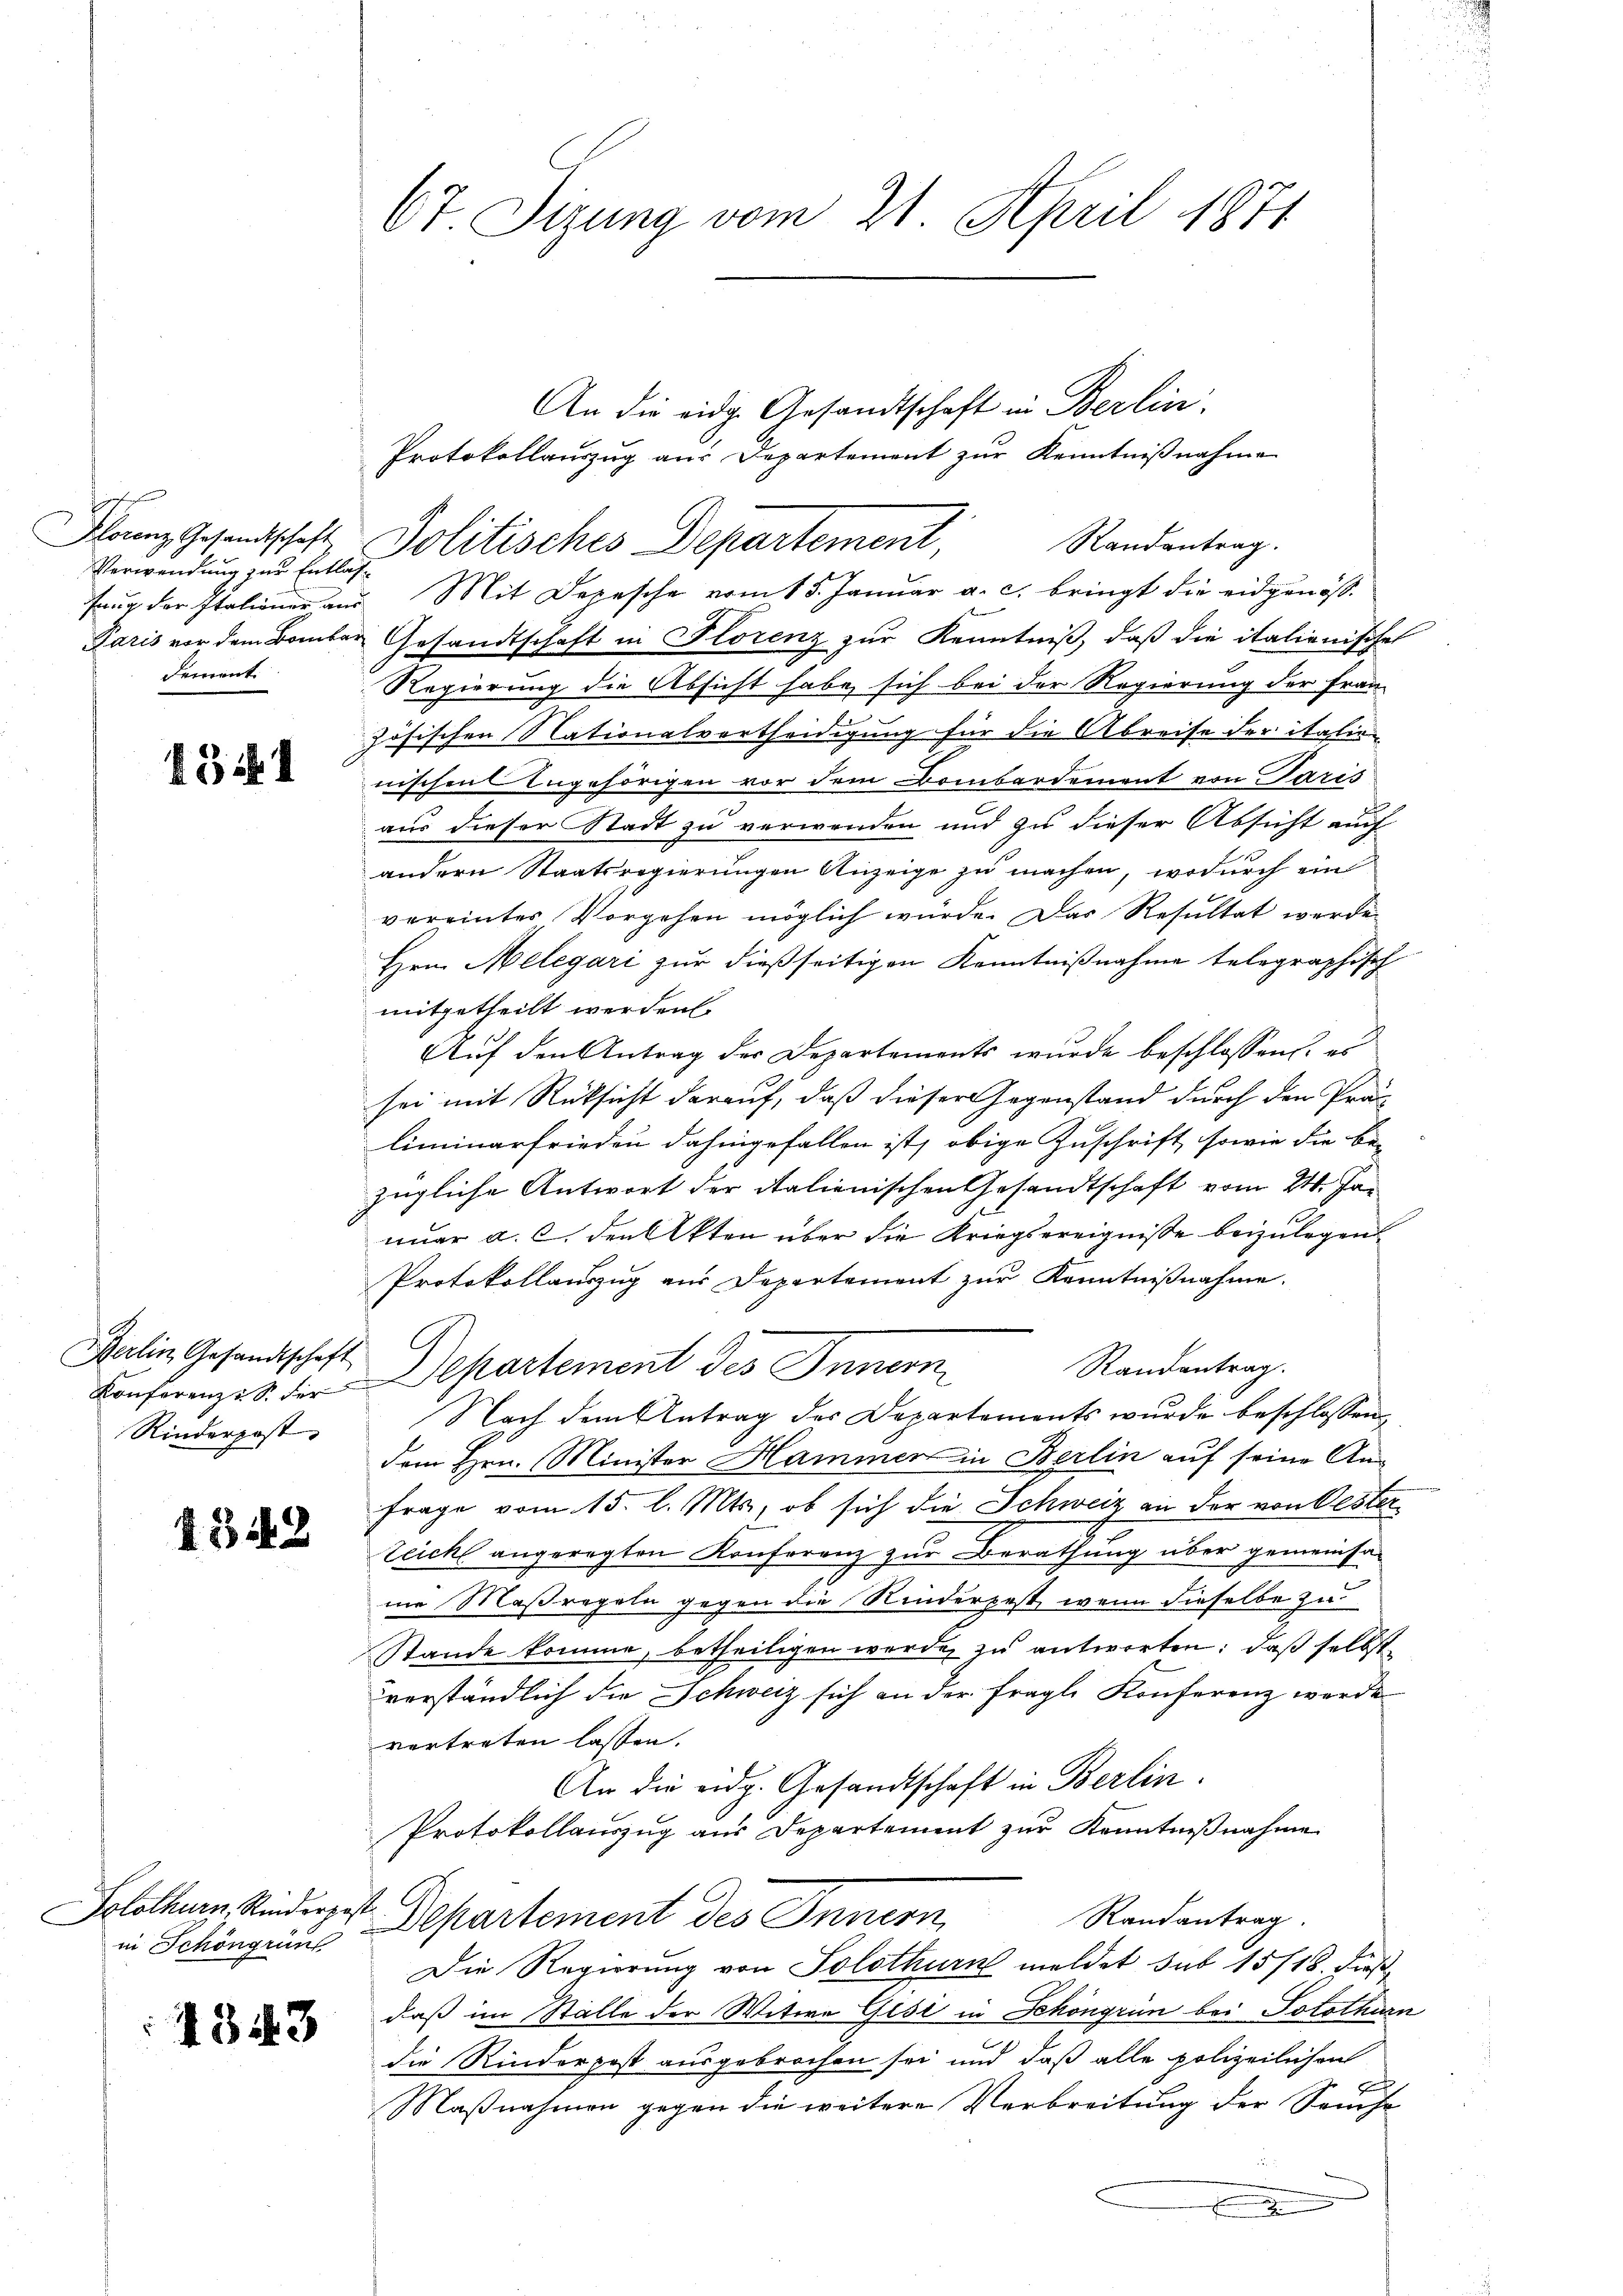
h
Florenz Gesandtschaft
Verwendung zur Entlas¬
Paris vor dem Bombar
Dement.

131

Berlin, Gesandtschaft
Konferenz. S. der
Rinderpost,

1348

in Schöngrün

4543

67 Sizung vom 21. April 1871

An die eidg. Gesandtschaft in Berlin.
Protokollauszug aus Departement zur Kenntnißnahme
Politisches Departement,
Randantrag.
fang der Italiener aus Mit Depesche vom 15. Januar a. c. bringt die eidgenößx
Gesandtschaft in Florenz zur Kenntniß, daß die italienischen
Regierung die Absicht habe sich bei der Regierung der Frau
zösischen Nationalvertheidigung für die Abreise der italien
nischen Angehörigen vor dem Bombardement von Paris
aus dieser Stadt zu verwenden und zu dieser Absicht auf
andern Staatsregierungen Anzeige zu machen, wodurch ein
vereintes Vorgehen möglich würde. Das Resultat werde
Hrn. Melegari zur dießseitigen Kenntnißnahme telegraphisch
mitgetheilt werden.
Auf den Antrag der Departements wurde beschlossen, es
sei mit Rücksicht darauf, daß dieser Gegenstand durch den Prä
liminarfrieden dahingefallen ist, obige Zuschrift, sowie die be-
zügliche Antwort der italienischen Gesandtschaft vom 24. Januar a. c. den Akten über die Kriegsereignisse beizulegen.
Protokollauszug aus Departement zur Kenntnißnahme.
Randantrag.
Departement des Innern
Nach dem Antrag der Departements wurde beschlossen
dem Hrn. Minister Hammer in Berlin auf seine An-
Frage vom 15. l. Mts., ob sich die Schweiz an der von Oester¬
Zeicht angeregten Konferenz zur Berathung über gemeinsa-
ne Maßregeln gegen die Kinderpest, wenn dieselbe zu
Stande komme, betheiligen werde zu antworten: daß selbst
verständlich die Schweiz sich an der fragl. Konferenz werde
vertreten lassen.
An die eidg. Gesandtschaft in Berlin.
Protokollauszug aus Departement zur Kenntnißnahme
Solothurn. Redingst Departement des Innern,
Randantrag.
Die Regierung von Solothurn meldet sub 15/18. dießdaß im Ställe der Witwe Gisi in Schöngrün bei Solothurn
die Rinderpost ausgebrochen sei und daß alle polizeilichen
Maßnahmen gegen die weitere Verbreitung der Sause
n